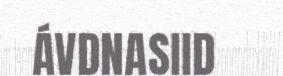
ÁVDNASIID